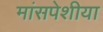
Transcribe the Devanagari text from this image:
मांसपेशीया